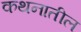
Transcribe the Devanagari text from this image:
कथनातील